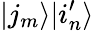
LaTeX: |j_{m}\rangle|i_{n}^{\prime}\rangle